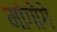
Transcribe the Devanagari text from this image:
मांगोगे